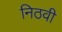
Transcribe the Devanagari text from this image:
निठवी